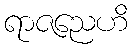
ရာဇညေဟိ